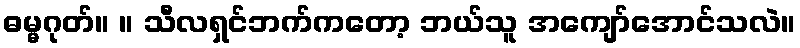
ဓမ္မဂုတ်။ ။ သီလရှင်ဘက်ကတော့ ဘယ်သူ အကျော်အောင်သလဲ။